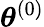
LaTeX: \boldsymbol{\theta}^{(0)}